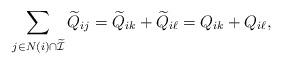
LaTeX: \begin{align*} \sum_{j\in N(i)\cap \widetilde{\mathcal{I}}} \widetilde Q_{ij} &= \widetilde{Q}_{ik}+ \widetilde{Q}_{i\ell} = Q_{ik} + Q_{i\ell},\end{align*}